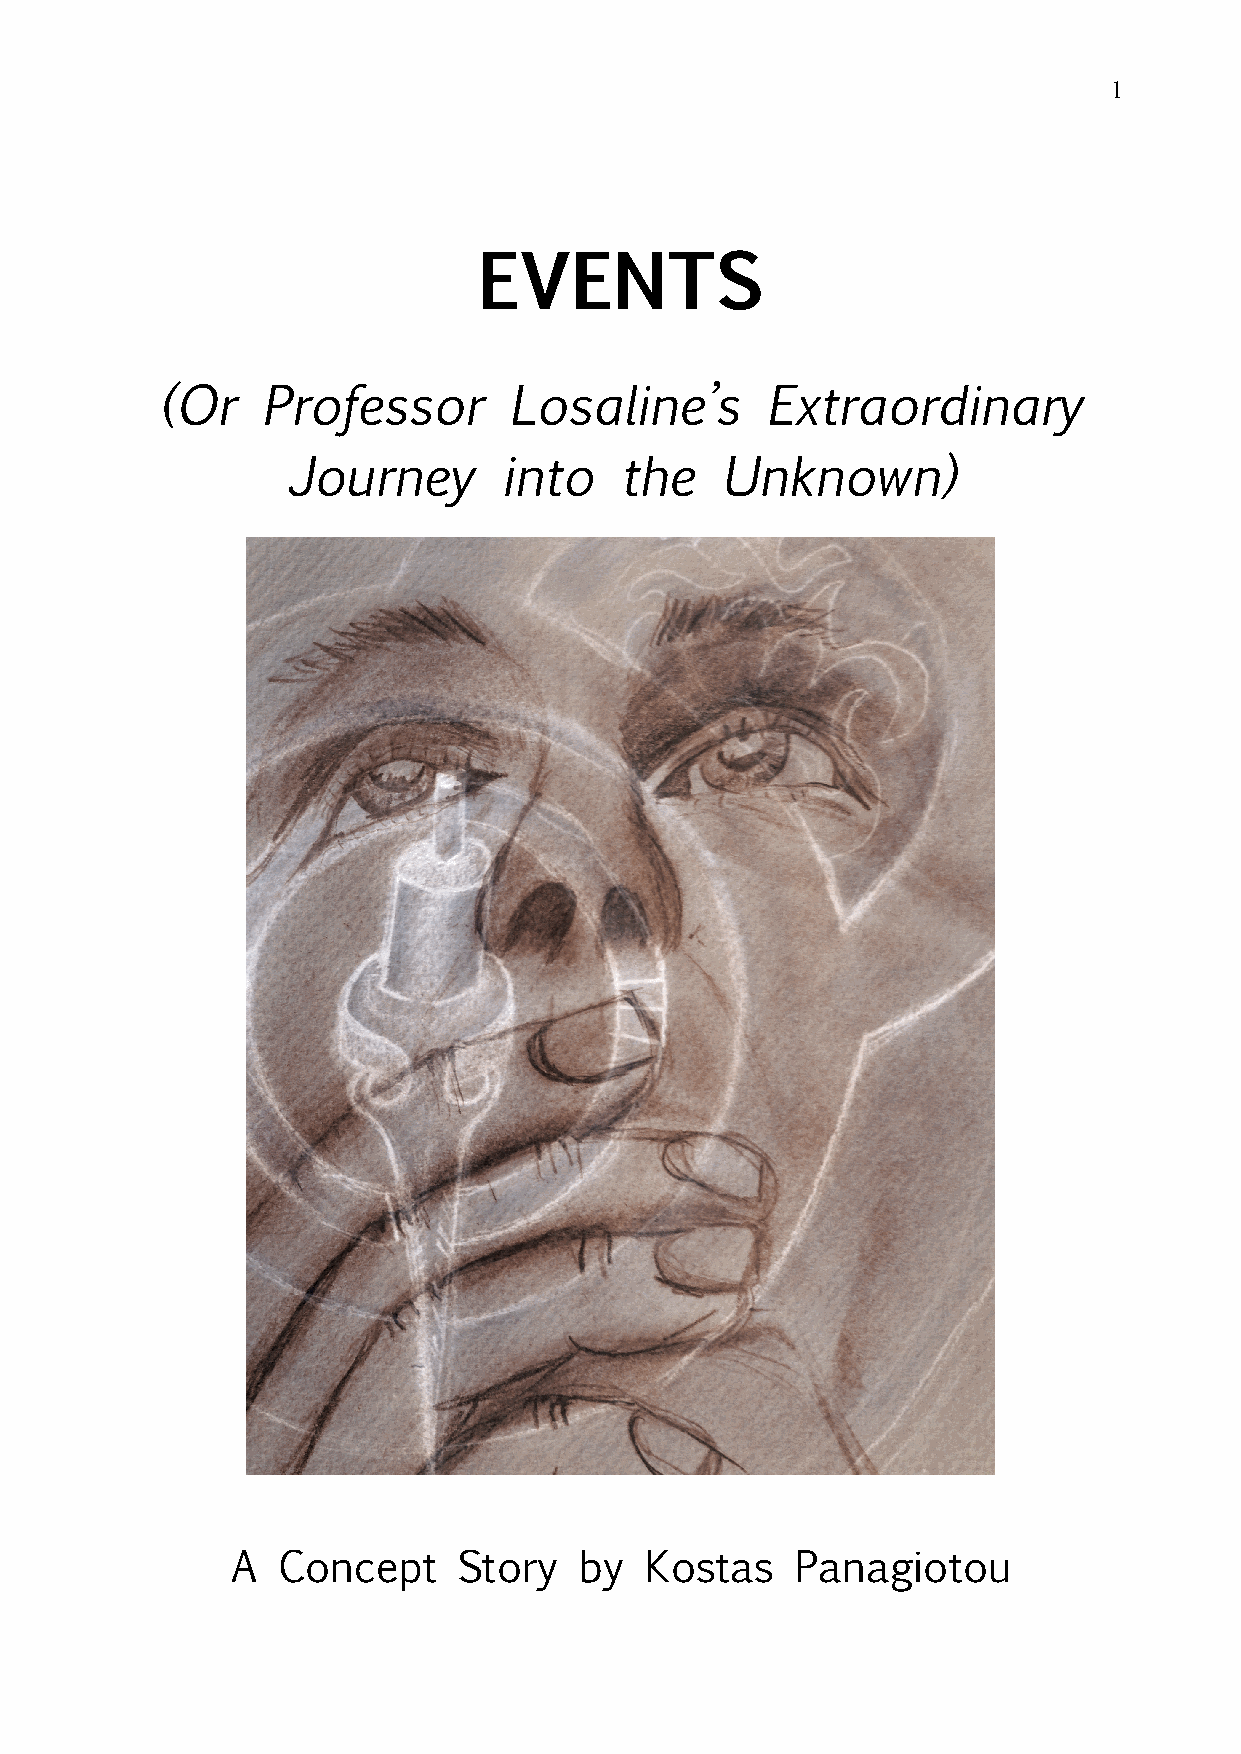
1
 EVENTS
 (Or   Professor        Losaline’s       Extraordinary
 Journey       into    the    Unknown)
 A  Concept     Story   by   Kostas    Panagiotou